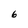
Character: 6